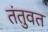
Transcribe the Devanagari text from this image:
तंतुवत